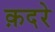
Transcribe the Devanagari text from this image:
क़दरे